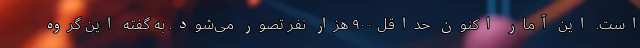
است. این آمار اکنون حداقل ۹۰۰ هزار نفر تصور می‌شود. به گفته این گروه